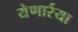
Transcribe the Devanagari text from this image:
येणार्रया